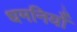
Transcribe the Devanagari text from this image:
धमनियोँ